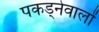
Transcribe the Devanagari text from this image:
पकड्नेवालों